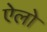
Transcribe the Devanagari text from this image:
ऐलो